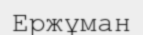
Ержұман